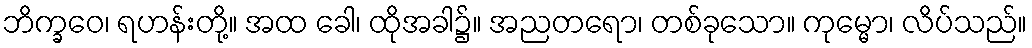
ဘိက္ခဝေ၊ ရဟန်းတို့။ အထ ခေါ၊ ထိုအခါ၌။ အညတရော၊ တစ်ခုသော။ ကုမ္မော၊ လိပ်သည်။